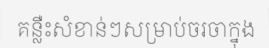
គន្លឺះសំខាន់ៗសម្រាប់ចរចាក្នុង